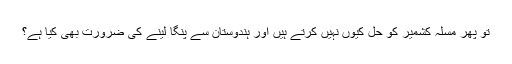
تو پھر مسلہ کشمیر کو حل کیوں نہیں کرتے ہیں اور ہندوستان سے پنگا لینے کی ضرورت بھی کیا ہے؟